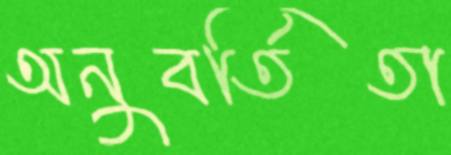
অনুবর্তিতা